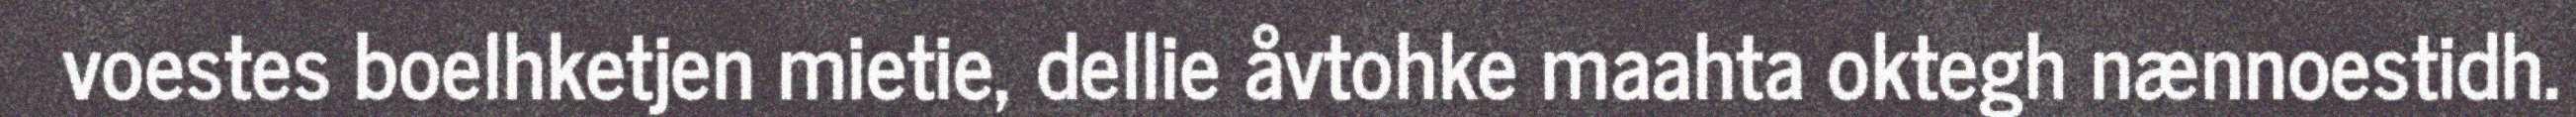
voestes boelhketjen mietie, dellie åvtohke maahta oktegh nænnoestidh.